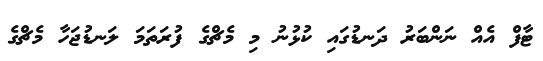
ޓާފް އެއް ނަންބަރު ދަނޑުގައި ކުޅުނު މި މެޗްގެ ފުރަތަމަ ލަނޑުޖަހާ މެޗްގެ